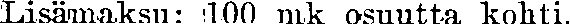
Lisämaksu: 100 mk osuutta kohti.